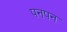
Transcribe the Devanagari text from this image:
पनपन